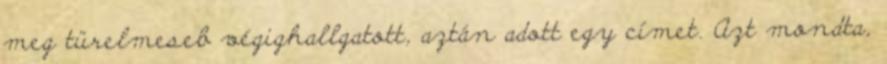
meg türelmeseb végighallgatott, aztán adott egy címet. Azt mondta,